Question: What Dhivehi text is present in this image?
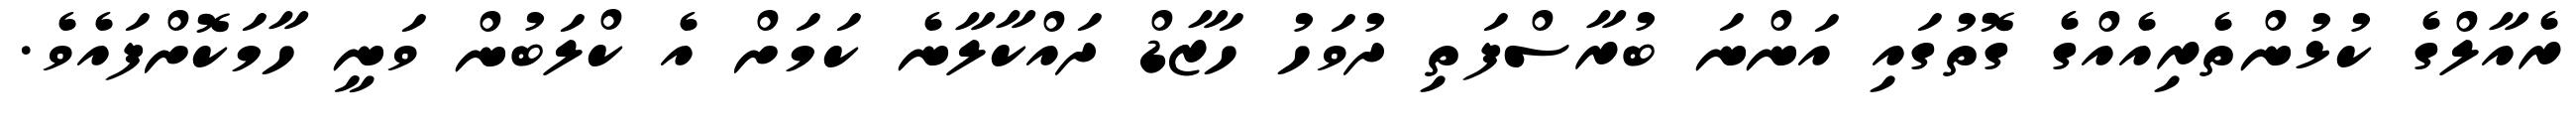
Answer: ރެއާލްގެ ކުޅުންތެރިއެއްގެ ގޮތުގައި އަންނަ ބުރާސްފަތި ދުވަހު ހަޒާޑް ދައްކާލާނެ ކަމަށް އެ ކްލަބުން ވަނީ ހާމަކޮށްފައެވެ.